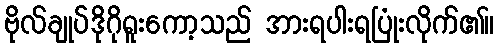
ဗိုလ်ချုပ်ဒိုဂိုရူးကော့သည် အားရပါးရပြုံးလိုက်၏။